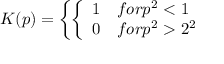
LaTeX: K ( p ) = \left\{ \left\{ \begin{array} { l l } { { 1 } } & { { f o r p ^ { 2 } < 1 } } \\ { { 0 } } & { { f o r p ^ { 2 } > 2 ^ { 2 } } } \end{array} \right. \right.